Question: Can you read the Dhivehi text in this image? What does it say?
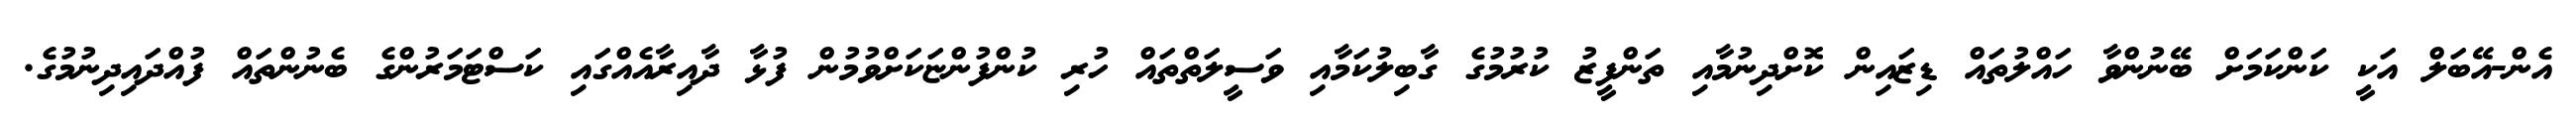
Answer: އެން-އޭބަލް އަކީ ކަންކަމަށް ބޭނުންވާ ހައްލުތައް ޑިޒައިން ކޮށްދިނުމާއި ތަންފީޒު ކުރުމުގެ ގާބިލުކަމާއި ވަސީލަތްތައް ހުރި ކުންފުންޏަކަށްވުމުން ފުޅާ ދާއިރާއެއްގައި ކަސްޓަމަރުންގެ ބެނުންތައް ފުއްދައިދިނުމުގެ.